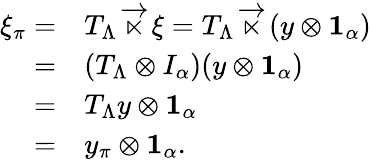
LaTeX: \begin{array}{rl}{\xi_{\pi}=}&{T_{\Lambda}\overrightarrow{\ltimes}\xi=T_{\Lambda}\overrightarrow{\ltimes}(y\otimes\mathbf{1}_{\alpha})}\\ {=}&{(T_{\Lambda}\otimes I_{\alpha})(y\otimes\mathbf{1}_{\alpha})}\\ {=}&{T_{\Lambda}y\otimes\mathbf{1}_{\alpha}}\\ {=}&{y_{\pi}\otimes\mathbf{1}_{\alpha}.}\end{array}